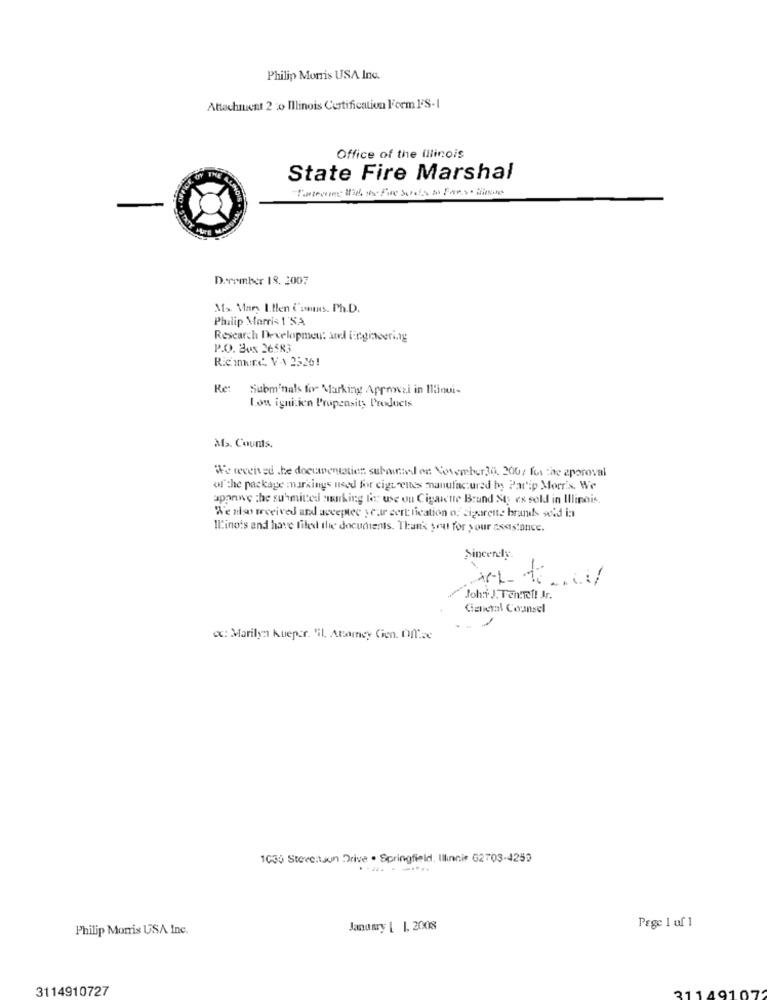
Philip Morris USA Ino.
Attachment 2 :0 Illinois Certification Form FS-1
Office of the illinois
State Fire Marshal
Derember 18, 2007
Mfs. Mary Itten Comns. Ph.D.
Philip Morris 1 NA
Research Developmeu: amd tiegineering
P.O. Bus 26583
Ric Imune. VA 2526!
Re:
Subm'nals for Marking Aprowzi in Illinui-
Lon ignition Propensity Products
M. Counts.
We received the documentation subutel en November30. 200; for the approval
of the package :markings used for cigt ettes manufactured by Parip Morris. We
apanwe the submitted smirking for use on Cigarette Brand St ex sold in Illinois.
We also received and accepter year certification of Sigarette brands said in
Il'ino's and have filed the documents. Thank you for your assistance.
Sincerely.
Joh:i J. Tenere !! Jr.
General Counsel
1
: Marilyn kueper. "il. Attorney Cien. Off.ac
1036 Steve:tuun Drive . Springfield, Illinnie 62703-4259
Philip Morris USA Inc.
January | 1, 2008
Page 1 of 1
3114910727
2114910